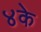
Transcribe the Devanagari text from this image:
४के